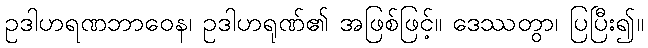
ဥဒါဟရဏဘာဝေန၊ ဥဒါဟရုဏ်၏ အဖြစ်ဖြင့်။ ဒေဿတွာ၊ ပြပြီး၍။